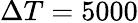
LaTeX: \Delta T=5000